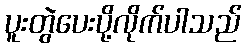
ပူးတွဲပေးပို့လိုက်ပါသည်